[Report on the health of British troops in the Madras command]
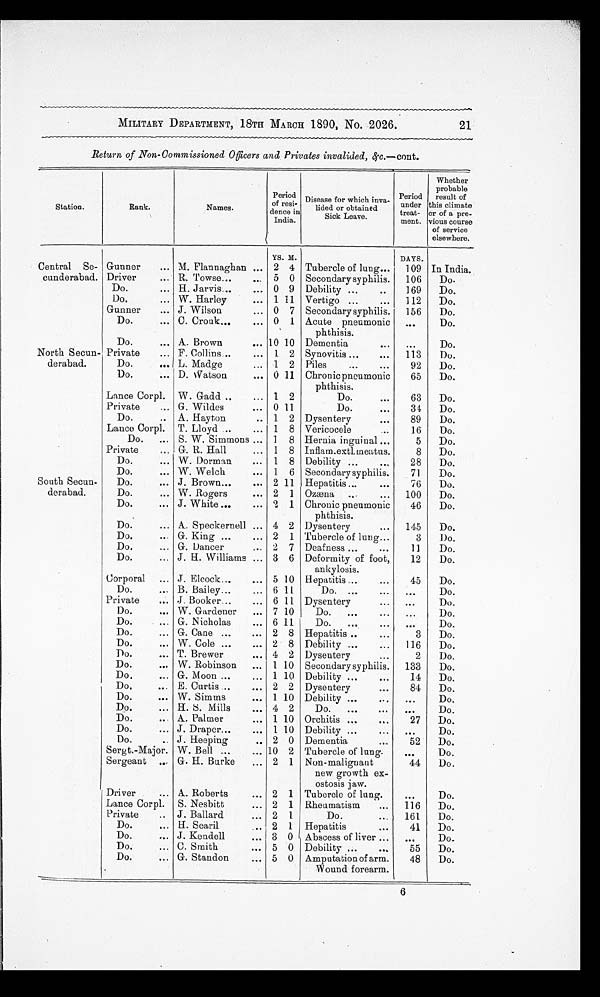
MILITARY DEPARTMENT, 18TH MARCH 1890, No. 2026.
Return of Non-Commissioned Officers and Privates invalided, &c.—cont.
Station.
Rank.
Names.
Period
of resi-
dence in
India.
Disease for which inva-
lided or obtained
Sick Leave.
Period
under
treat-
ment.
Whether
probable
result of
this climate
or of a pre-
vious course
of service
elsewhere.
YS. M.
DAYS.
Central Se-
cunderabad.
Gunner
M. Flannaghan
2 4 Tubercle of lung
109 In India.
Driver
R. Towse
5 0 Secondary syphilis.
106
Do.
Do.
H. Jarvis
0 9 Debility
169
Do.
Do.
W. Harley
1 11 Vertigo
112
Do.
Gunner
J. Wilson
0 7 Secondary syphilis.
156
Do.
Do.
C. Crouk
0 1 Acute pneumonic
phthisis.
. . .
Do.
Do.
A. Brown
10 10 Dementia
. . .
Do.
North Secun-
derabad.
Private
F. Collins
1 2 Synovitis
113
Do.
Do.
L. Madge
1 2 Piles
92
Do.
Do.
D. Watson
0 11 Chronic pneumonic
phthisis.
65
Do.
Lance Corpl. W. Gadd
1 2
Do.
63
Do.
Private
G. Wildes
0 11
Do.
34
Do.
Do.
A. Hayton
1 2 Dysentery
89
Do.
Lance Corpl. T. Lloyd
1 8 Vericocele
16
Do.
Do.
S. W. Simmons
1 8 Hernia inguinal
5
Do.
Private
G. R. Hall
1 8 Inflam.extl.meatus.
8
Do.
Do.
W. Dorman
1 8 Debility
28
Do.
Do.
W. Welch
1 6 Secondary syphilis.
71
Do.
South Secun-
derabad.
Do.
J. Brown
2 11 Hepatitis
76
Do.
Do.
W. Rogers
2 1 Ozæna
100
Do.
Do.
J. White
2 1 Chronic pneumonic
phthisis.
46
Do.
Do.
A. Speckernell
4 2 Dysentery
145
Do.
Do.
G. King
2 1 Tubercle of lung
3
Do.
Do.
G. Dancer
2 7 Deafness
11
Do.
Do.
J. H. Williams
3 6 Deformity of foot,
ankylosis.
12
Do.
Corporal
J. Elcock
5 10 Hepatitis
45
Do.
Do.
B. Bailey
6 11
Do.
. . .
Do.
Private
J. Booker
6 11 Dysentery
. . .
Do.
Do.
W. Gardener
7 10
Do.
...
Do.
Do.
G. Nicholas
6 11
Do.
. . .
Do.
Do.
G. Cane
2 8 Hepatitis
3
Do.
Do.
W. Cole
2 8 Debility
116
Do.
Do.
T. Brewer
4 2 Dysentery
2
Do.
Do.
W. Robinson
1 10 Secondary syphilis.
133
Do.
Do.
G. Moon
1 10 Debility
14
Do.
Do.
E. Curtis
2 2 Dysentery
84
Do.
Do.
W. Simms
1 10 Debility
. . .
Do.
Do.
H. S. Mills
4 2
Do.
. . .
Do.
Do.
A. Palmer
1 10 Orchitis
27
Do.
Do.
J. Draper
1 10 Debility
. . .
Do.
Do.
J. Heeping
2 0 Dementia
52
Do.
Sergt.-Major. W. Bell
10 2 Tubercle of lung.
. . .
Do.
Sergeant
G. H. Burke
2 1 Non-malignant
new growth ex-
ostosis jaw.
44
Do.
Driver
A. Roberts
2 1 Tubercle of lung.
. . .
Do.
Lance Corpl. S. Nesbitt
2 1 Rheumatism
116
Do.
Private
J. Ballard
2 1.
Do.
161
Do.
Do.
H. Searil
2 1 Hepatitis
41
Do.
Do.
J. Kendell
3 0 Abscess of liver
...
Do.
Do.
C. Smith
5 0 Debility
55
Do.
Do.
G. Standon
5 0 Amputation of arm.
Wound forearm.
48
Do.
21
6